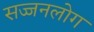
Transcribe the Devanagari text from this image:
सज्जनलोग